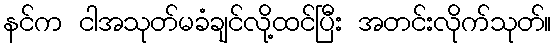
နင်က ငါအသုတ်မခံချင်လို့ထင်ပြီး အတင်းလိုက်သုတ်။